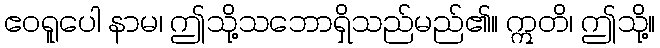
ဧဝရူပေါ နာမ၊ ဤသို့သဘောရှိသည်မည်၏။ ဣတိ၊ ဤသို့။